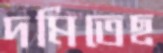
দমিতেছ